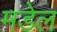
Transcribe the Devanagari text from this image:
मडेल